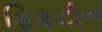
ફિફટીન